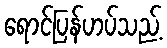
ရောင်ပြန်ဟပ်သည့်